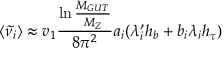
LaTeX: \langle \tilde { \nu _ { i } } \rangle \approx v _ { 1 } { \frac { \ln { \frac { M _ { G U T } } { M _ { Z } } } } { 8 \pi ^ { 2 } } } a _ { i } ( \lambda _ { i } ^ { \prime } h _ { b } + b _ { i } \lambda _ { i } h _ { \tau } )